Lunatic asylums Bombay report 1878-1890 - 1878-1890
Year: 1878
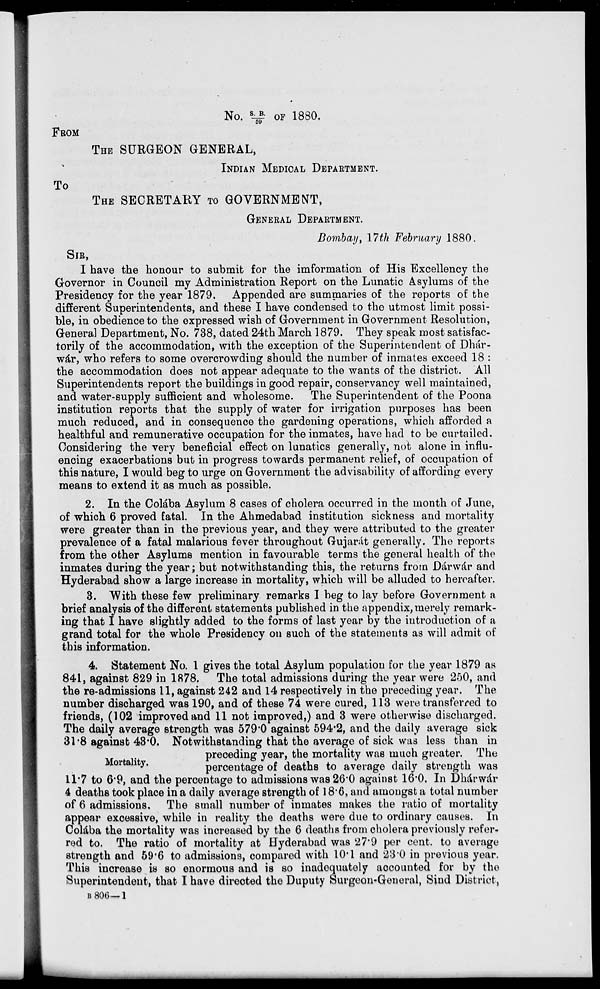
No. S.B./59 OF 1880.
FROM
THE SURGEON GENERAL,
INDIAN MEDICAL DEPARTMENT.
TO
THE SECRETARY TO GOVERNMENT,
GENERAL DEPARTMENT.
Bombay, 17th February 1880.
SIR,
I have the honour to submit for the imformation of His Excellency the
Governor in Council my Administration Report on the Lunatic Asylums of the
Presidency for the year 1879. Appended are summaries of the reports of the
different Superintendents, and these I have condensed to the utmost limit possi-
ble, in obedience to the expressed wish of Government in Government Resolution,
General Department, No. 738, dated 24th March 1879. They speak most satisfac-
torily of the accommodation, with the exception of the Superintendent of Dhár-
wár, who refers to some overcrowding should the number of inmates exceed 18 :
the accommodation does not appear adequate to the wants of the district. All
Superintendents report the buildings in good repair, conservancy well maintained,
and water-supply sufficient and wholesome. The Superintendent of the Poona
institution reports that the supply of water for irrigation purposes has been
much reduced, and in consequence the gardening operations, which afforded a
healthful and remunerative occupation for the inmates, have had to be curtailed.
Considering the very beneficial effect on lunatics generally, not alone in influ-
encing exacerbations but in progress towards permanent relief, of occupation of
this nature, I would beg to urge on Government the advisability of affording every
means to extend it as much as possible.
2. In the Colába Asylum 8 cases of cholera occurred in the month of June,
of which 6 proved fatal. In the Ahmedabad institution sickness and mortality
were greater than in the previous year, and they were attributed to the greater
prevalence of a fatal malarious fever throughout Gujarát generally. The reports
from the other Asylums mention in favourable terms the general health of the
inmates during the year; but notwithstanding this, the returns from Dárwár and
Hyderabad show a large increase in mortality, which will be alluded to hereafter.
3. With these few preliminary remarks I beg to lay before Government a
brief analysis of the different statements published in the appendix, merely remark-
ing that I have slightly added to the forms of last year by the introduction of a
grand total for the whole Presidency on such of the statements as will admit of
this information.
Mortality.
4. Statement No. 1 gives the total Asylum population for the year 1879 as
841, against 829 in 1878. The total admissions during the year were 250, and
the re-admissions 11, against 242 and 14 respectively in the preceding year. The
number discharged was 190, and of these 74 were cured, 113 were transferred to
friends, (102 improved and 11 not improved,) and 3 were otherwise discharged.
The daily average strength was 579.0 against 594.2, and the daily average sick
31.8 against 43.0. Notwithstanding that the average of sick was less than in
preceding year, the mortality was much greater. The
percentage of deaths to average daily strength was
11.7 to 6.9, and the percentage to admissions was 26.0 against 16.0. In Dhárwár
4 deaths took place in a daily average strength of 18.6, and amongst a total number
of 6 admissions. The small number of inmates makes the ratio of mortality
appear excessive, while in reality the deaths were due to ordinary causes. In
Colába the mortality was increased by the 6 deaths from cholera previously refer-
red to. The ratio of mortality at Hyderabad was 27.9 per cent. to average
strength and 59.6 to admissions, compared with 10.1 and 23.0 in previous year.
This increase is so enormous and is so inadequately accounted for by the
Superintendent, that I have directed the Duputy Surgeon-General, Sind District,
B 806— 1